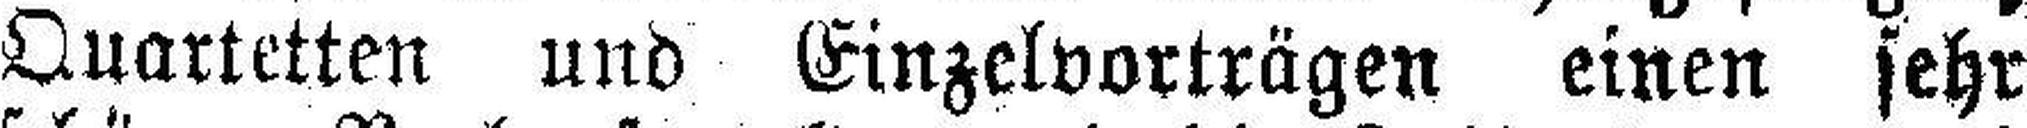
Quartetten und Einzelvorträgen einen sehr